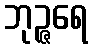
ဘုဉ္ဇရေ